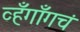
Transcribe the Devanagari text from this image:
व्हँगाँगचं